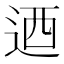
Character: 迺